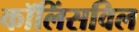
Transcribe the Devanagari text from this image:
कॉलिंसविल